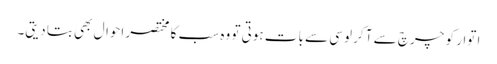
ا توار کو چرچ سے آ کر لوسی سے بات ہوتی تو وہ سب کا مختصر احوال بھی بتا دیتی۔